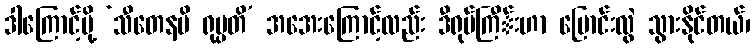
ဒါကြောင့်မို့ ‘သီတေနပိ ရုပ္ပတိ’ အအေးကြောင့်လည်း ဒီရုပ်ကြီ်းဟာ ပြောင်းလွဲ သွားနိုင်တယ်၊